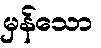
မှန်သော